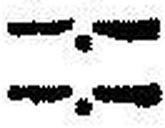
—.—